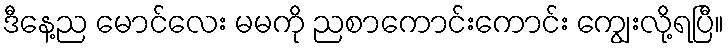
ဒီနေ့ည မောင်လေး မမကို ညစာကောင်းကောင်း ကျွေးလို့ရပြီ။